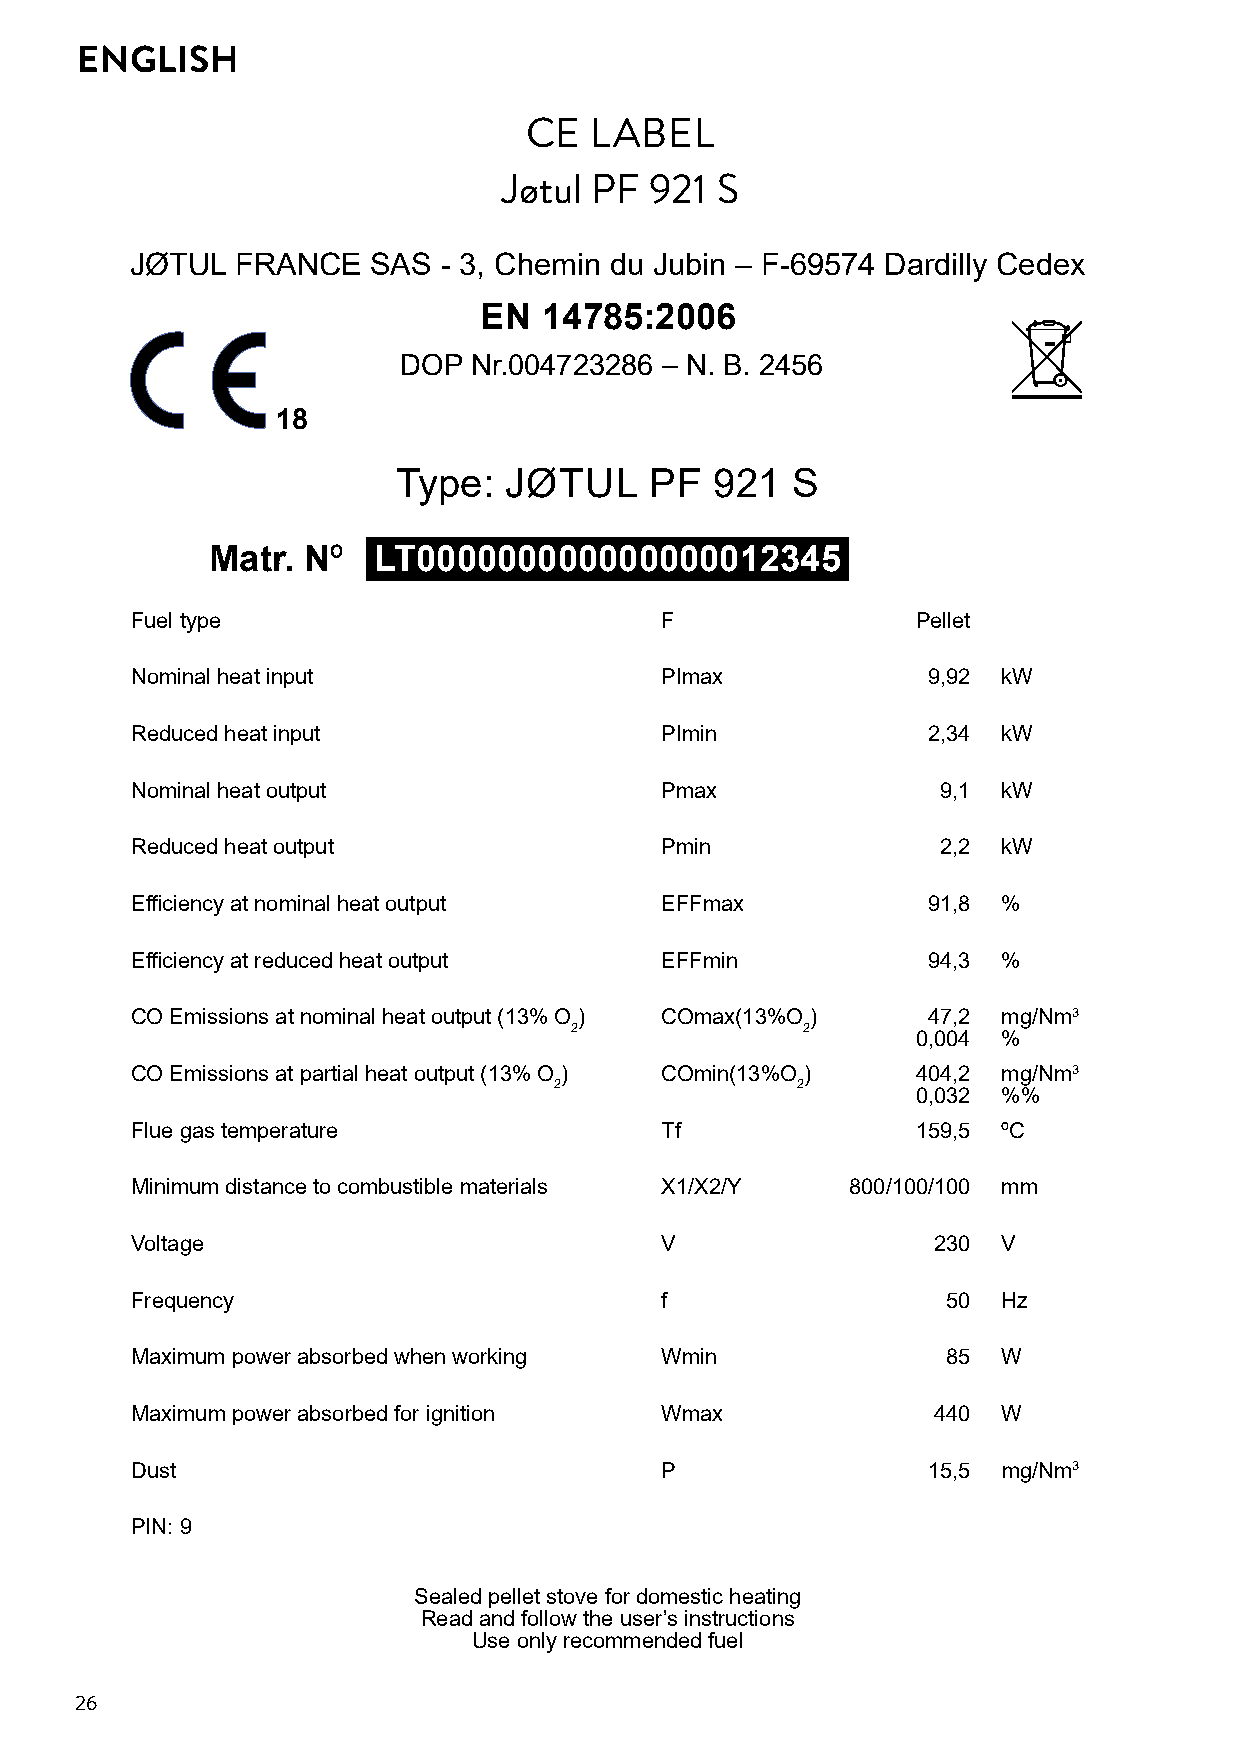
ENGLISH
 CE  LABEL
 Jøtul PF  921 S
 JØTUL  FRANCE   SAS - 3, Chemin du Jubin – F-69574 Dardilly Cedex
 EN  14785:2006
 DOP  Nr.004723286 – N. B. 2456
 18
 Type:  JØTUL     PF  921  S
 Matr. Nº   LT000000000000000012345
 Fuel type                          F                Pellet
 Nominal heat input                 PImax            9,92 kW
 Reduced heat input                 PImin            2,34 kW
 Nominal heat output                Pmax              9,1 kW
 Reduced heat output                Pmin              2,2 kW
 Efficiency at nominal heat output  EFFmax           91,8 %
 Efficiency at reduced heat output  EFFmin           94,3 %
 CO Emissions at nominal heat output (13% O ) COmax(13%O ) 47,2 mg/Nm3
 2              2
 0,004 %
 CO Emissions at partial heat output (13% O ) COmin(13%O ) 404,2 mg/Nm3
 2               2
 0,032 %%
 Flue gas temperature               Tf               159,5 ºC
 Minimum distance to combustible materials X1/X2/Y 800/100/100 mm
 Voltage                            V                 230 V
 Frequency                          f                  50 Hz
 Maximum power absorbed when working Wmin              85 W
 Maximum power absorbed for ignition Wmax             440 W
 Dust                               P                15,5 mg/Nm3
 PIN: 9
 Sealed pellet stove for domestic heating
 Read and follow the user’s instructions
 Use only recommended fuel
 26